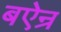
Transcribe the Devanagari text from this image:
बऐन्र